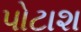
પોટાશ